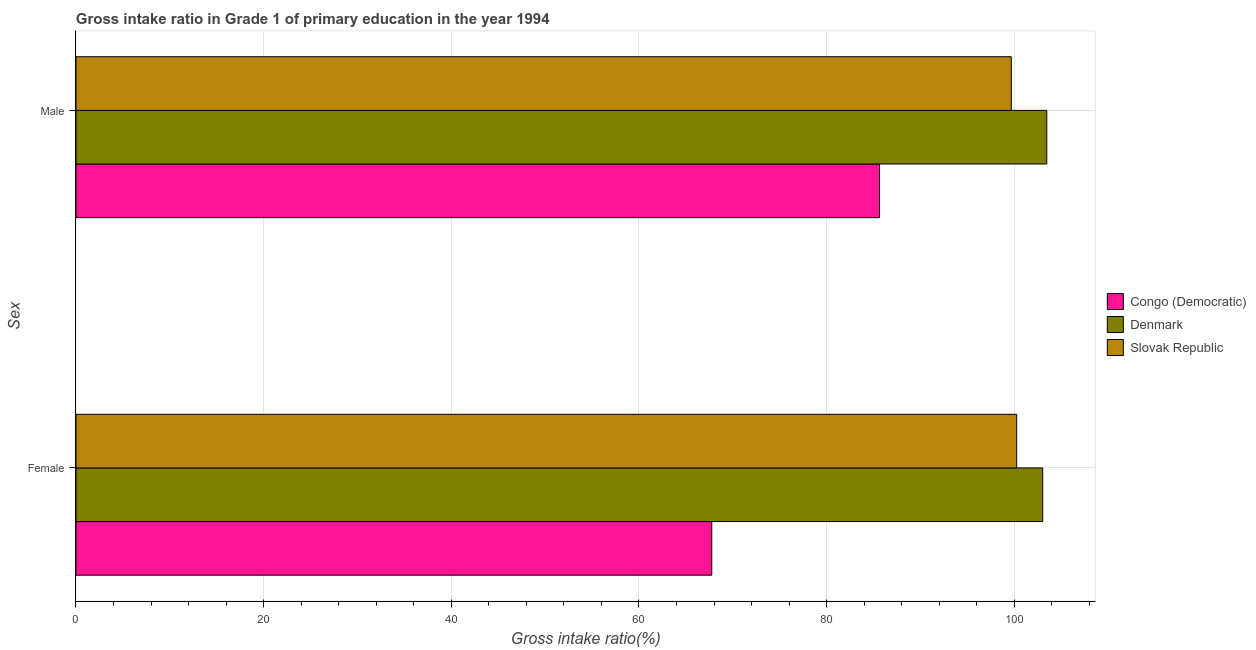
| Sex | Congo (Democratic) | Denmark | Slovak Republic |
 | --- | --- | --- | --- |
 | Female | 67.8 | 103 | 100 |
 | Male | 85.6 | 103 | 99.7 |